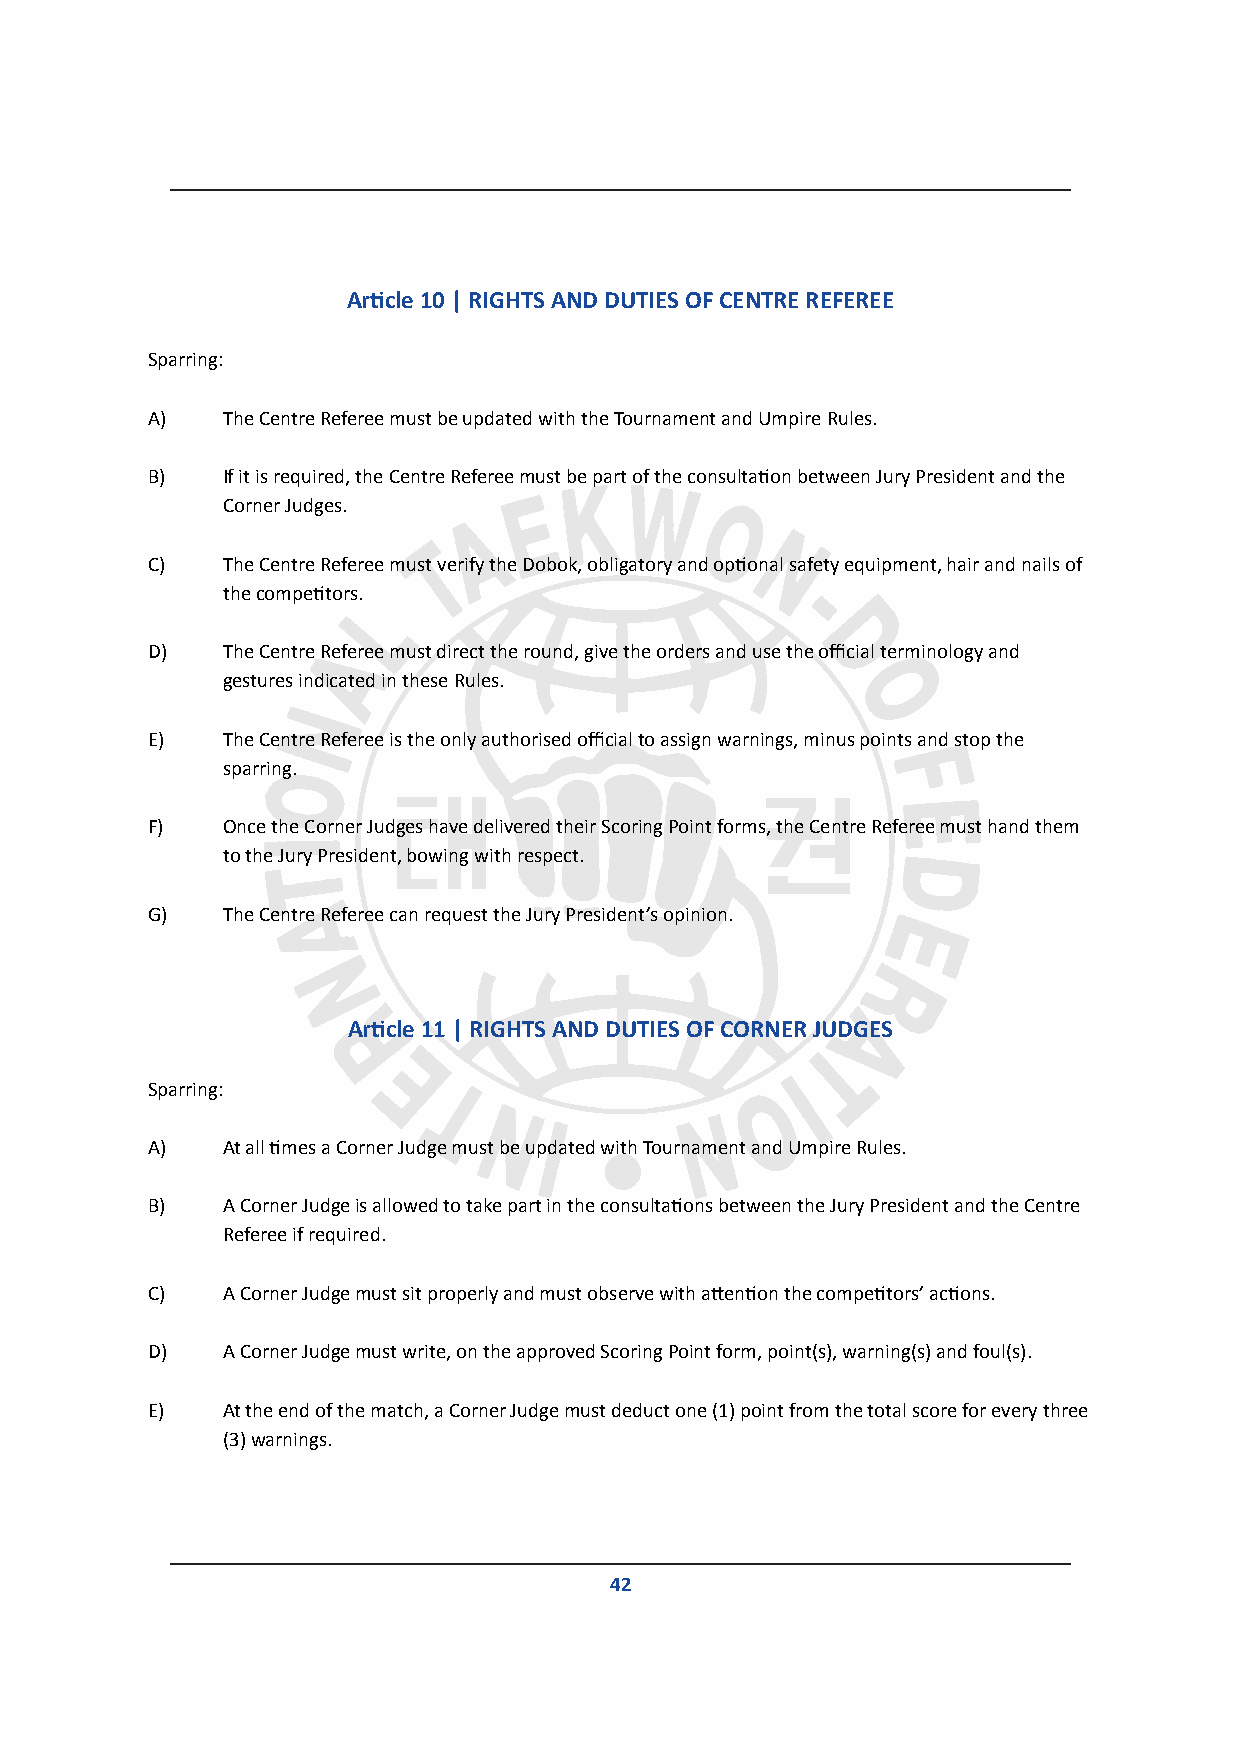
Article 10 | RIGHTS AND DUTIES OF CENTRE REFEREE
 Sparring:
 A)   The Centre Referee must be updated with the Tournament and Umpire Rules.
 B)   If it is required, the Centre Referee must be part of the consultation between Jury President and the
 Corner Judges.
 C)   The Centre Referee must verify the Dobok, obligatory and optional safety equipment, hair and nails of
 the competitors.
 D)   The Centre Referee must direct the round, give the orders and use the official terminology and
 gestures indicated in these Rules.
 E)   The Centre Referee is the only authorised official to assign warnings, minus points and stop the
 sparring.
 F)   Once the Corner Judges have delivered their Scoring Point forms, the Centre Referee must hand them
 to the Jury President, bowing with respect.
 G)   The Centre Referee can request the Jury President’s opinion.
 Article 11 | RIGHTS AND DUTIES OF CORNER JUDGES
 Sparring:
 A)   At all times a Corner Judge must be updated with Tournament and Umpire Rules.
 B)   A Corner Judge is allowed to take part in the consultations between the Jury President and the Centre
 Referee if required.
 C)   A Corner Judge must sit properly and must observe with attention the competitors’ actions.
 D)   A Corner Judge must write, on the approved Scoring Point form, point(s), warning(s) and foul(s).
 E)   At the end of the match, a Corner Judge must deduct one (1) point from the total score for every three
 (3) warnings.
 42